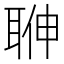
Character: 𦕽